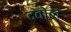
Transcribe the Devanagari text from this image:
दवोल